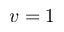
v = 1